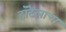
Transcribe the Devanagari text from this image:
हॉटेलाचा